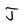
Character: J